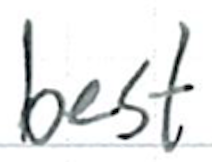
Text: best
Cross-out: clean
Writing tool: ballpoint